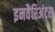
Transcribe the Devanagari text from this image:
इनवैरिअंट्स